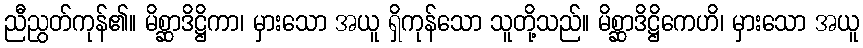
ညီညွတ်ကုန်၏။ မိစ္ဆာဒိဋ္ဌိကာ၊ မှားသော အယူ ရှိကုန်သော သူတို့သည်။ မိစ္ဆာဒိဋ္ဌိကေဟိ၊ မှားသော အယူ